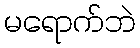
မရောက်ဘဲ